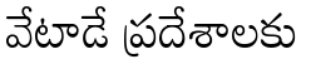
వేటాడే ప్రదేశాలకు